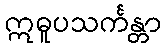
ဣဓူပသင်္ကန္တာ